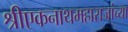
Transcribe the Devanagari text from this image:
श्रीएकनाथमहाराजांच्या